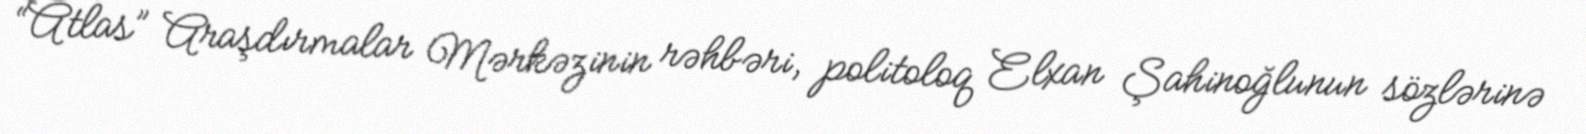
“Atlas” Araşdırmalar Mərkəzinin rəhbəri, politoloq Elxan Şahinoğlunun sözlərinə